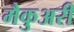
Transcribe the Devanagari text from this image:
मैकुअरी